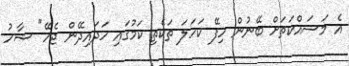
އެ މަސައްކަތަށް ބޭނުން ހިފޭ ކަހަލަ ތަކެތި ކަމުގައި ހަދައިދޭން ޖެހޭ" ޝާހު